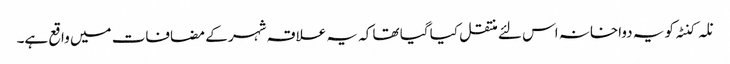
نلہ کنٹہ کو یہ دواخانہ اس لئے منتقل کیا گیا تھا کہ یہ علاقہ شہر کے مضافات میں واقع ہے۔